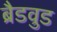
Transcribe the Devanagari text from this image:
ब्रैडवुड